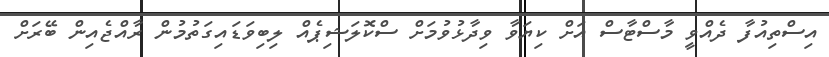
އިސްތިއުފާ ދެއްވީ މާސްޓާސް އަށް ކިޔަވާ ވިދާޅުވުމަށް ސްކޮލަޝިޕެއް ލިބިވަޑައިގަތުމުން ރާއްޖެއިން ބޭރަށް